Scientific memoirs by medical officers of the Army of India - Part IV,
Year: 1889
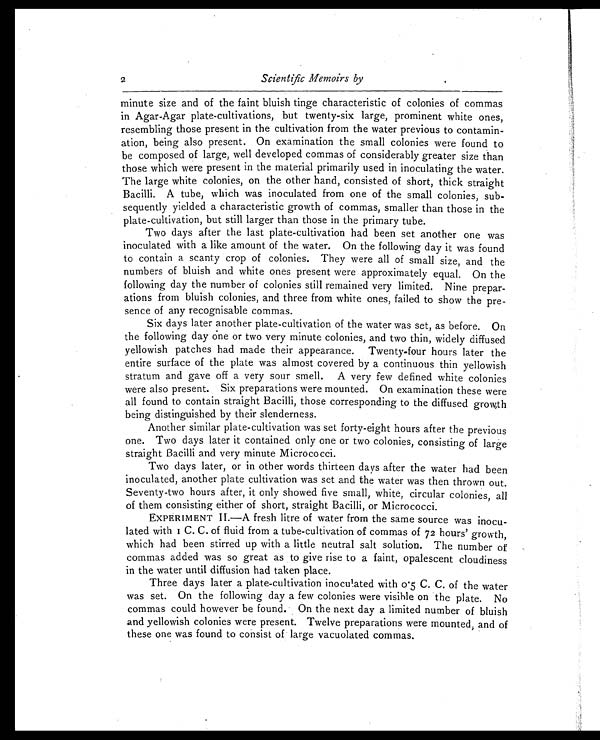
2
Scientific Memoirs by
minute size and of the faint bluish tinge characteristic of colonies of commas
in Agar-Agar plate-cultivations, but twenty-six large, prominent white ones,
resembling those present in the cultivation from the water previous to contamin-
ation, being also present. On examination the small colonies were found to
be composed of large, well developed commas of considerably greater size than
those which were present in the material primarily used in inoculating the water.
The large white colonies, on the other hand, consisted of short, thick straight
Bacilli. A tube, which was inoculated from one of the small colonies, sub-
sequently yielded a characteristic growth of commas, smaller than those in the
plate-cultivation, but still larger than those in the primary tube.
Two days after the last plate-cultivation had been set another one was
inoculated with a like amount of the water. On the following day it was found
to contain a scanty crop of colonies. They were all of small size, and the
numbers of bluish and white ones present were approximately equal. On the
following day the number of colonies still remained very limited. Nine prepar-
ations from bluish colonies, and three from white ones, failed to show the pre-
sence of any recognisable commas.
Six days later another plate-cultivation of the water was set, as before. On
the following day one or two very minute colonies, and two thin, widely diffused
yellowish patches had made their appearance. Twenty-four hours later the
entire surface of the plate was almost covered by a continuous thin yellowish
stratum and gave off a very sour smell. A very few defined white colonies
were also present. Six preparations were mounted. On examination these were
all found to contain straight Bacilli, those corresponding to the diffused growth
being distinguished by their slenderness.
Another similar plate-cultivation was set forty-eight hours after the previous
one. Two days later it contained only one or two colonies, consisting of large
straight Bacilli and very minute Micrococci.
Two days later, or in other words thirteen days after the water had been
inoculated, another plate cultivation was set and the water was then thrown out.
Seventy-two hours after, it only showed five small, white, circular colonies, all
of them consisting either of short, straight Bacilli, or Micrococci.
EXPERIMENT II.—A fresh litre of water from the same source was inocu-
l a t e d w i t h I C . C . o f f l u i d f r o m a t u b e - c u l t i v a t i o n o f c o m m a s o f 7 2 h o u r s ' g r o w t h ,
which had been stirred up with a little neutral salt solution. The number of
commas added was so great as to give rise to a faint, opalescent cloudiness
in the water until diffusion had taken place.
Three days later a plate-cultivation inoculated with 0.5 C. C. of the water
was set. On the following day a few colonies were visible on the plate. No
commas could however be found. On the next day a limited number of bluish
and yellowish colonies were present. Twelve preparations were mounted, and of
these one was found to consist of large vacuolated commas.